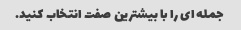
جمله ای را با بیشترین صفت انتخاب کنید.